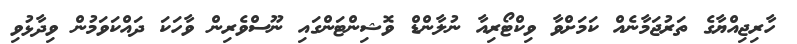
ހާރިޖިއްޔާގެ ތަރުޖަމާނެއް ކަމަށްވާ ވިކްޓޯރިއާ ނުލާންޑް ވޮޝިންޓަންގައި ނޫސްވެރިން ވާހަކަ ދައްކަވަމުން ވިދާޅުވި